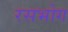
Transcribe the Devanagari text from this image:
रसभोग